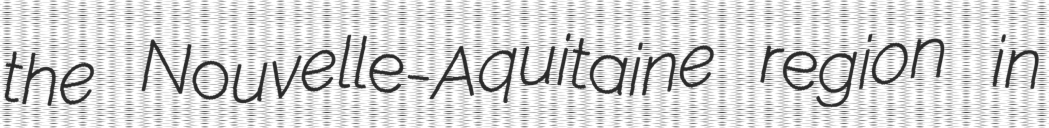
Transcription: the Nouvelle-Aquitaine region in